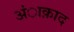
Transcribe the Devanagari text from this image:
अंाक़ाद